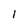
Character: 1